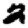
Digit: 2